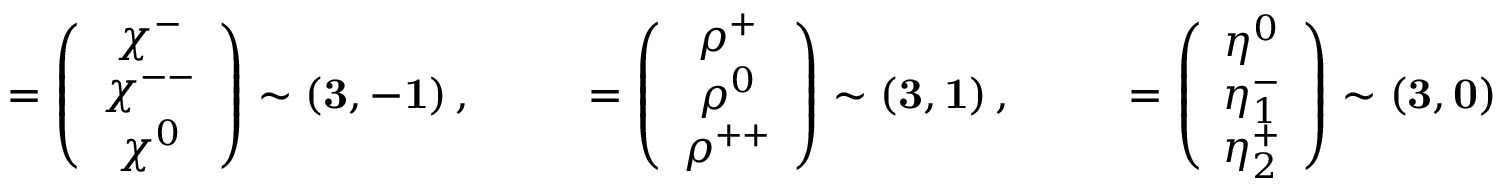
{ \bf \chi } = \left( \begin{array} { c } { { \chi ^ { - } } } \\ { { \chi ^ { -- } } } \\ { { \chi ^ { 0 } } } \end{array} \right) \sim \left( { \bf 3 } , { \bf - 1 } \right) , \qquad { \bf \rho } = \left( \begin{array} { c } { { \rho ^ { + } } } \\ { { \rho ^ { 0 } } } \\ { { \rho ^ { + + } } } \end{array} \right) \sim \left( { \bf 3 } , { \bf 1 } \right) , \qquad { \bf \eta } = \left( \begin{array} { c } { { \eta ^ { 0 } } } \\ { { \eta _ { 1 } ^ { - } } } \\ { { \eta _ { 2 } ^ { + } } } \end{array} \right) \sim \left( { \bf 3 } , { \bf 0 } \right) .